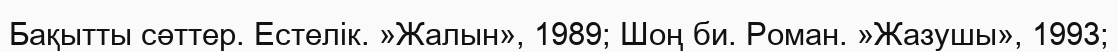
Бақытты сәттер. Естелік. »Жалын», 1989; Шоң би. Роман. »Жазушы», 1993;